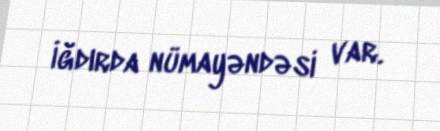
İğdırda nümayəndəsi var.